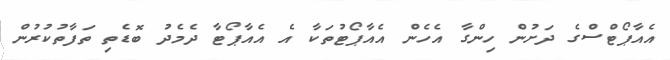
އެއާޕޯޓްސްގެ ދަށުން ހިންގާ އެހެން އެއާޕޯޓުތަކާ އެ އެއާޕޯޓާ ދެމެދު ބޮޑެތި ތަފާތުކުރުން